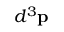
d ^ { 3 } { \bf { p } }